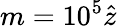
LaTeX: m=10^{5}\hat{z}